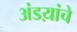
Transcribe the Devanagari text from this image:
अंडय़ांचे